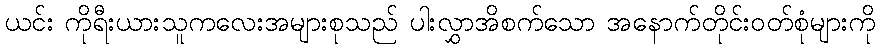
ယင်း ကိုရီးယားသူကလေးအများစုသည် ပါးလွှာအိစက်သော အနောက်တိုင်းဝတ်စုံများကို